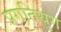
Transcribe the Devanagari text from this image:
प्रगतियुग